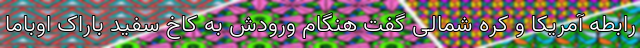
رابطه آمریکا و کره شمالی گفت هنگام ورودش به کاخ سفید باراک اوباما